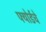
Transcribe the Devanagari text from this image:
फ्योर्डचे